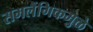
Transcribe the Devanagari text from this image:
समलैंगिकमुळे